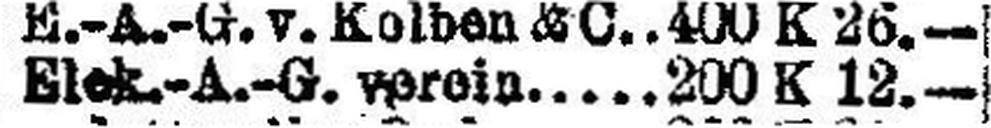
Elek.-A.-G. verein 200 K 12.—